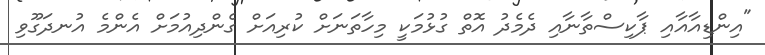
"އިންޑިއާއާއި ޕާކިސްތާނާއި ދެމެދު އޮތް ގުޅުމަކީ މިހާތަނަށް ކުރިއަށް ގެންދިއުމަށް އެންމެ އުނދަގޫވި